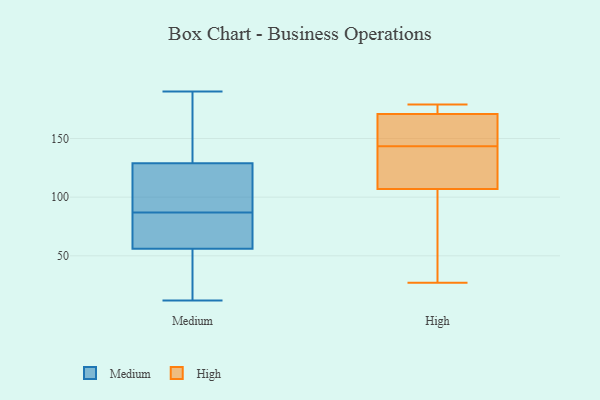
{"axis": {"x": "Churn Rate (%)", "y": "Value"}, "legend": ["High", "Medium"], "data": [{"x": "", "y": 12, "type": "Medium"}, {"x": "", "y": 171, "type": "Medium"}, {"x": "", "y": 19, "type": "Medium"}, {"x": "", "y": 71, "type": "Medium"}, {"x": "", "y": 190, "type": "Medium"}, {"x": "", "y": 129, "type": "Medium"}, {"x": "", "y": 81, "type": "Medium"}, {"x": "", "y": 75, "type": "Medium"}, {"x": "", "y": 96, "type": "Medium"}, {"x": "", "y": 52, "type": "Medium"}, {"x": "", "y": 93, "type": "Medium"}, {"x": "", "y": 59, "type": "Medium"}, {"x": "", "y": 159, "type": "Medium"}, {"x": "", "y": 56, "type": "Medium"}, {"x": "", "y": 124, "type": "Medium"}, {"x": "", "y": 115, "type": "Medium"}, {"x": "", "y": 185, "type": "Medium"}, {"x": "", "y": 24, "type": "Medium"}, {"x": "", "y": 158, "type": "High"}, {"x": "", "y": 174, "type": "High"}, {"x": "", "y": 67, "type": "High"}, {"x": "", "y": 148, "type": "High"}, {"x": "", "y": 117, "type": "High"}, {"x": "", "y": 139, "type": "High"}, {"x": "", "y": 179, "type": "High"}, {"x": "", "y": 27, "type": "High"}, {"x": "", "y": 177, "type": "High"}, {"x": "", "y": 107, "type": "High"}, {"x": "", "y": 51, "type": "High"}, {"x": "", "y": 171, "type": "High"}, {"x": "", "y": 166, "type": "High"}, {"x": "", "y": 139, "type": "High"}]}